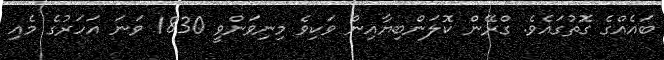
ބައެއްގެ ގޮތުގައެވެ. ގްރޭން ކޮލަންބިޔާއިން ވަކިވެ މިނިވަންވީ 1830 ވަނަ އަހަރުގެ މެއި